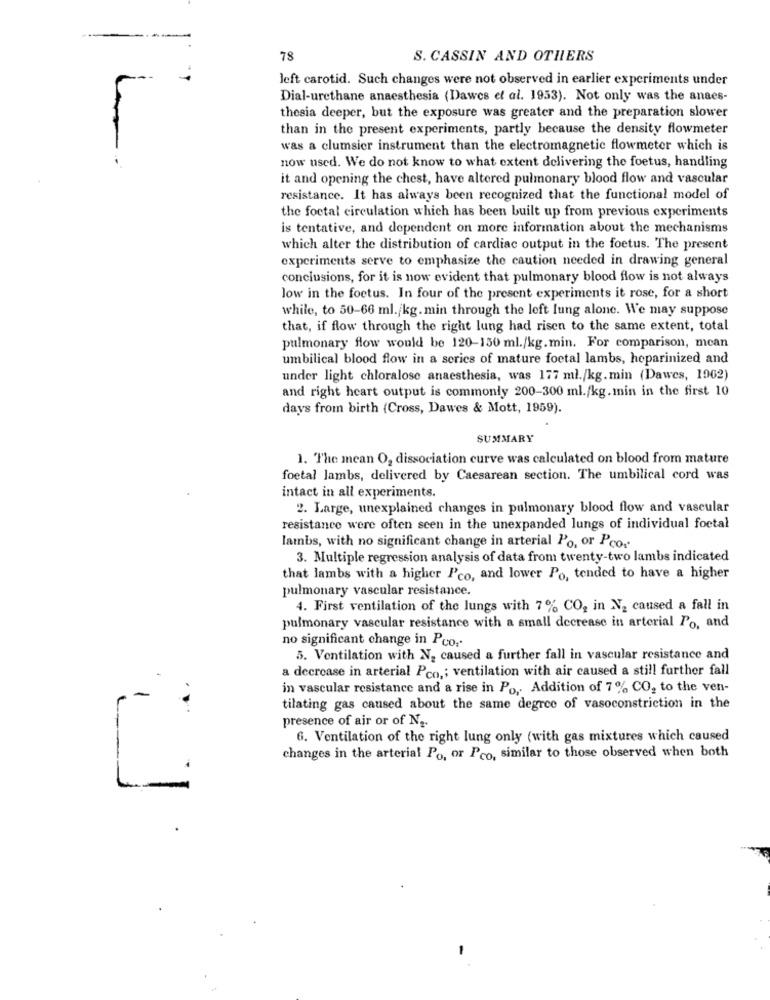
-
78
S. CASSIN AND OTHERS
left carotid. Such changes were not observed in earlier experiments under
Dial-urethane anaesthesia (Dawes et al. 1953). Not only was the anaes-
thesia deeper, but the exposure was greater and the preparation slower
than in the present experiments, partly because the density flowmeter
was a clumsier instrument than the electromagnetic flowmeter which is
now used. We do not know to what extent delivering the foetus, handling
it and opening the chest, have altered pulmonary blood flow and vascular
resistance. It has always been recognized that the functional model of
the foetal circulation which has been built up from previous experiments
is tentative, and dependent on more information about the mechanisms
which alter the distribution of cardiac output in the foetus. The present
experiments serve to emphasize the caution needed in drawing general
conclusions, for it is now evident that pulmonary blood flow is not always
low in the foetus. In four of the present experiments it rose, for a short
while, to 50-66 ml./kg. min through the left lung alone. We may suppose
that, if flow through the right lung had risen to the same extent, total
pulmonary flow would be 120-150 ml./kg. min. For comparison, mean
umbilical blood flow in a series of mature foctal lambs, heparinized and
under light chloralose anaesthesia, was 177 ml./kg.min (Dawes, 1962)
and right heart output is commonly 200-300 ml./kg. min in the first 10
days from birth (Cross, Dawes & Mott, 1959).
SUMMARY
1. The mean O2 dissociation curve was calculated on blood from mature
foetal lambs, delivered by Caesarean section. The umbilical cord was
intact in all experiments.
2. Large, unexplained changes in pulmonary blood flow and vascular
resistance were often seen in the unexpanded lungs of individual foetal
lambs, with no significant change in arterial Po, or Pco.
3. Multiple regression analysis of data from twenty-two lambs indicated
that lambs with a higher Pco, and lower Po, tended to have a higher
pulmonary vascular resistance.
4. First ventilation of the lungs with 7% CO, in N2 caused a fall in
pulmonary vascular resistance with a small decrease in arterial Po, and
no significant change in Pco ..
5. Ventilation with N2 caused a further fall in vascular resistance and
a decrease in arterial Pco ,; ventilation with air caused a still further fall
in vascular resistance and a rise in Po, Addition of 7% CO, to the ven-
...
tilating gas caused about the same degree of vasoconstriction in the
presence of air or of Na.
6. Ventilation of the right lung only (with gas mixtures which caused
changes in the arterial Po, or Pco, similar to those observed when both